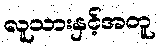
လူသားနှင့်အတူ